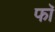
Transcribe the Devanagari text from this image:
फॉ